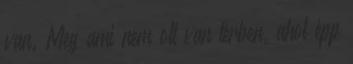
van. Meg ami nem ott van térben, ahol épp